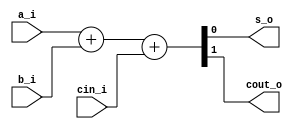
`timescale 1ns / 1ps
//////////////////////////////////////////////////////////////////////////////////
// Company: 
// Engineer: 
// 
// Design Name: 
// Module Name: full_adder_assign
// Project Name: 
// Target Devices: 
// Tool Versions: 
// Description: 
// 
// Dependencies: 
// 
// Revision:
// Revision 0.01 - File Created
// Additional Comments:
// 
//////////////////////////////////////////////////////////////////////////////////


module full_adder_assign
(
input a_i,
input b_i,
input cin_i,
output s_o,
output cout_o
);

// xor G1 (s_o,a_i,b_i,cin_i);
// and G2 (and1,a_i,b_i);
// and G3 (and2,a_i,cin_i);
// and G4 (and3,b_i,cin_i);
// or G5 (cout_o,and1,and2,and3);

assign {cout_o,s_o} = a_i + b_i + cin_i;

endmodule